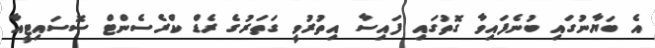
އެ ބަޔާނުގައި ބުނެފައިވާ ގޮތުގައި ފައިސާ އިތުރުވީ ގަތަރުގެ ރެޑް ކްރެސެންޓް ސޮސައިޓީއާ